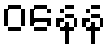
ဝနေန